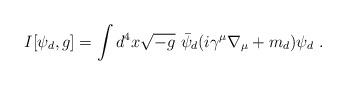
LaTeX: \begin{align*}I[\psi_d, g]=\int d^4x \sqrt{-g}~ \bar{\psi}_d(i\gamma^\mu\nabla_\mu+m_d)\psi_d~.\end{align*}